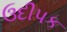
ઉદીપક